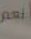
انعم